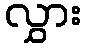
လွှား